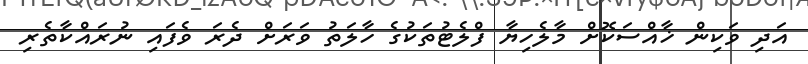
އަދި ވަކިން ޚާއްސަކޮށް މާލެހިޔާ ފްލެޓުތަކުގެ ހާލަތު ވަރަށް ދެރަ ވެފައި ނުރައްކާތެރި